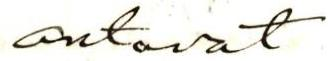
antavat